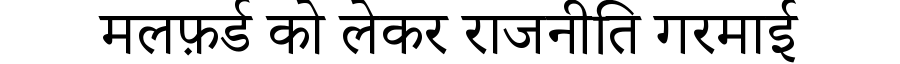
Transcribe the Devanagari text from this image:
मलफ़र्ड को लेकर राजनीति गरमाई